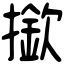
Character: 撳